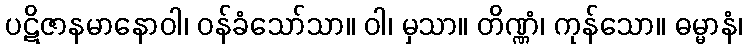
ပဋိဇာနမာနောဝါ၊ ဝန်ခံသော်သာ။ ဝါ၊ မှသာ။ တိဏ္ဏံ၊ ကုန်သော။ ဓမ္မာနံ၊